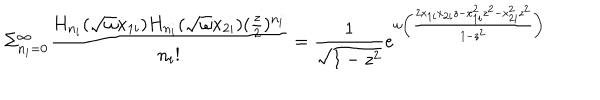
LaTeX: \Sigma _ { n _ { i } = 0 } ^ { \infty } \frac { H _ { n _ { i } } ( \sqrt { \omega } x _ { 1 i } ) H _ { n _ { i } } ( \sqrt { \omega } x _ { 2 i } ) ( \frac { z } { 2 } ) ^ { n _ { i } } } { n _ { i } ! } = \frac { 1 } { \sqrt { 1 - z ^ { 2 } } } e ^ { \omega \left( \frac { 2 x _ { 1 i } x _ { 2 i } z - x _ { 1 i } ^ { 2 } z ^ { 2 } - x _ { 2 i } ^ { 2 } z ^ { 2 } } { 1 - z ^ { 2 } } \right) }